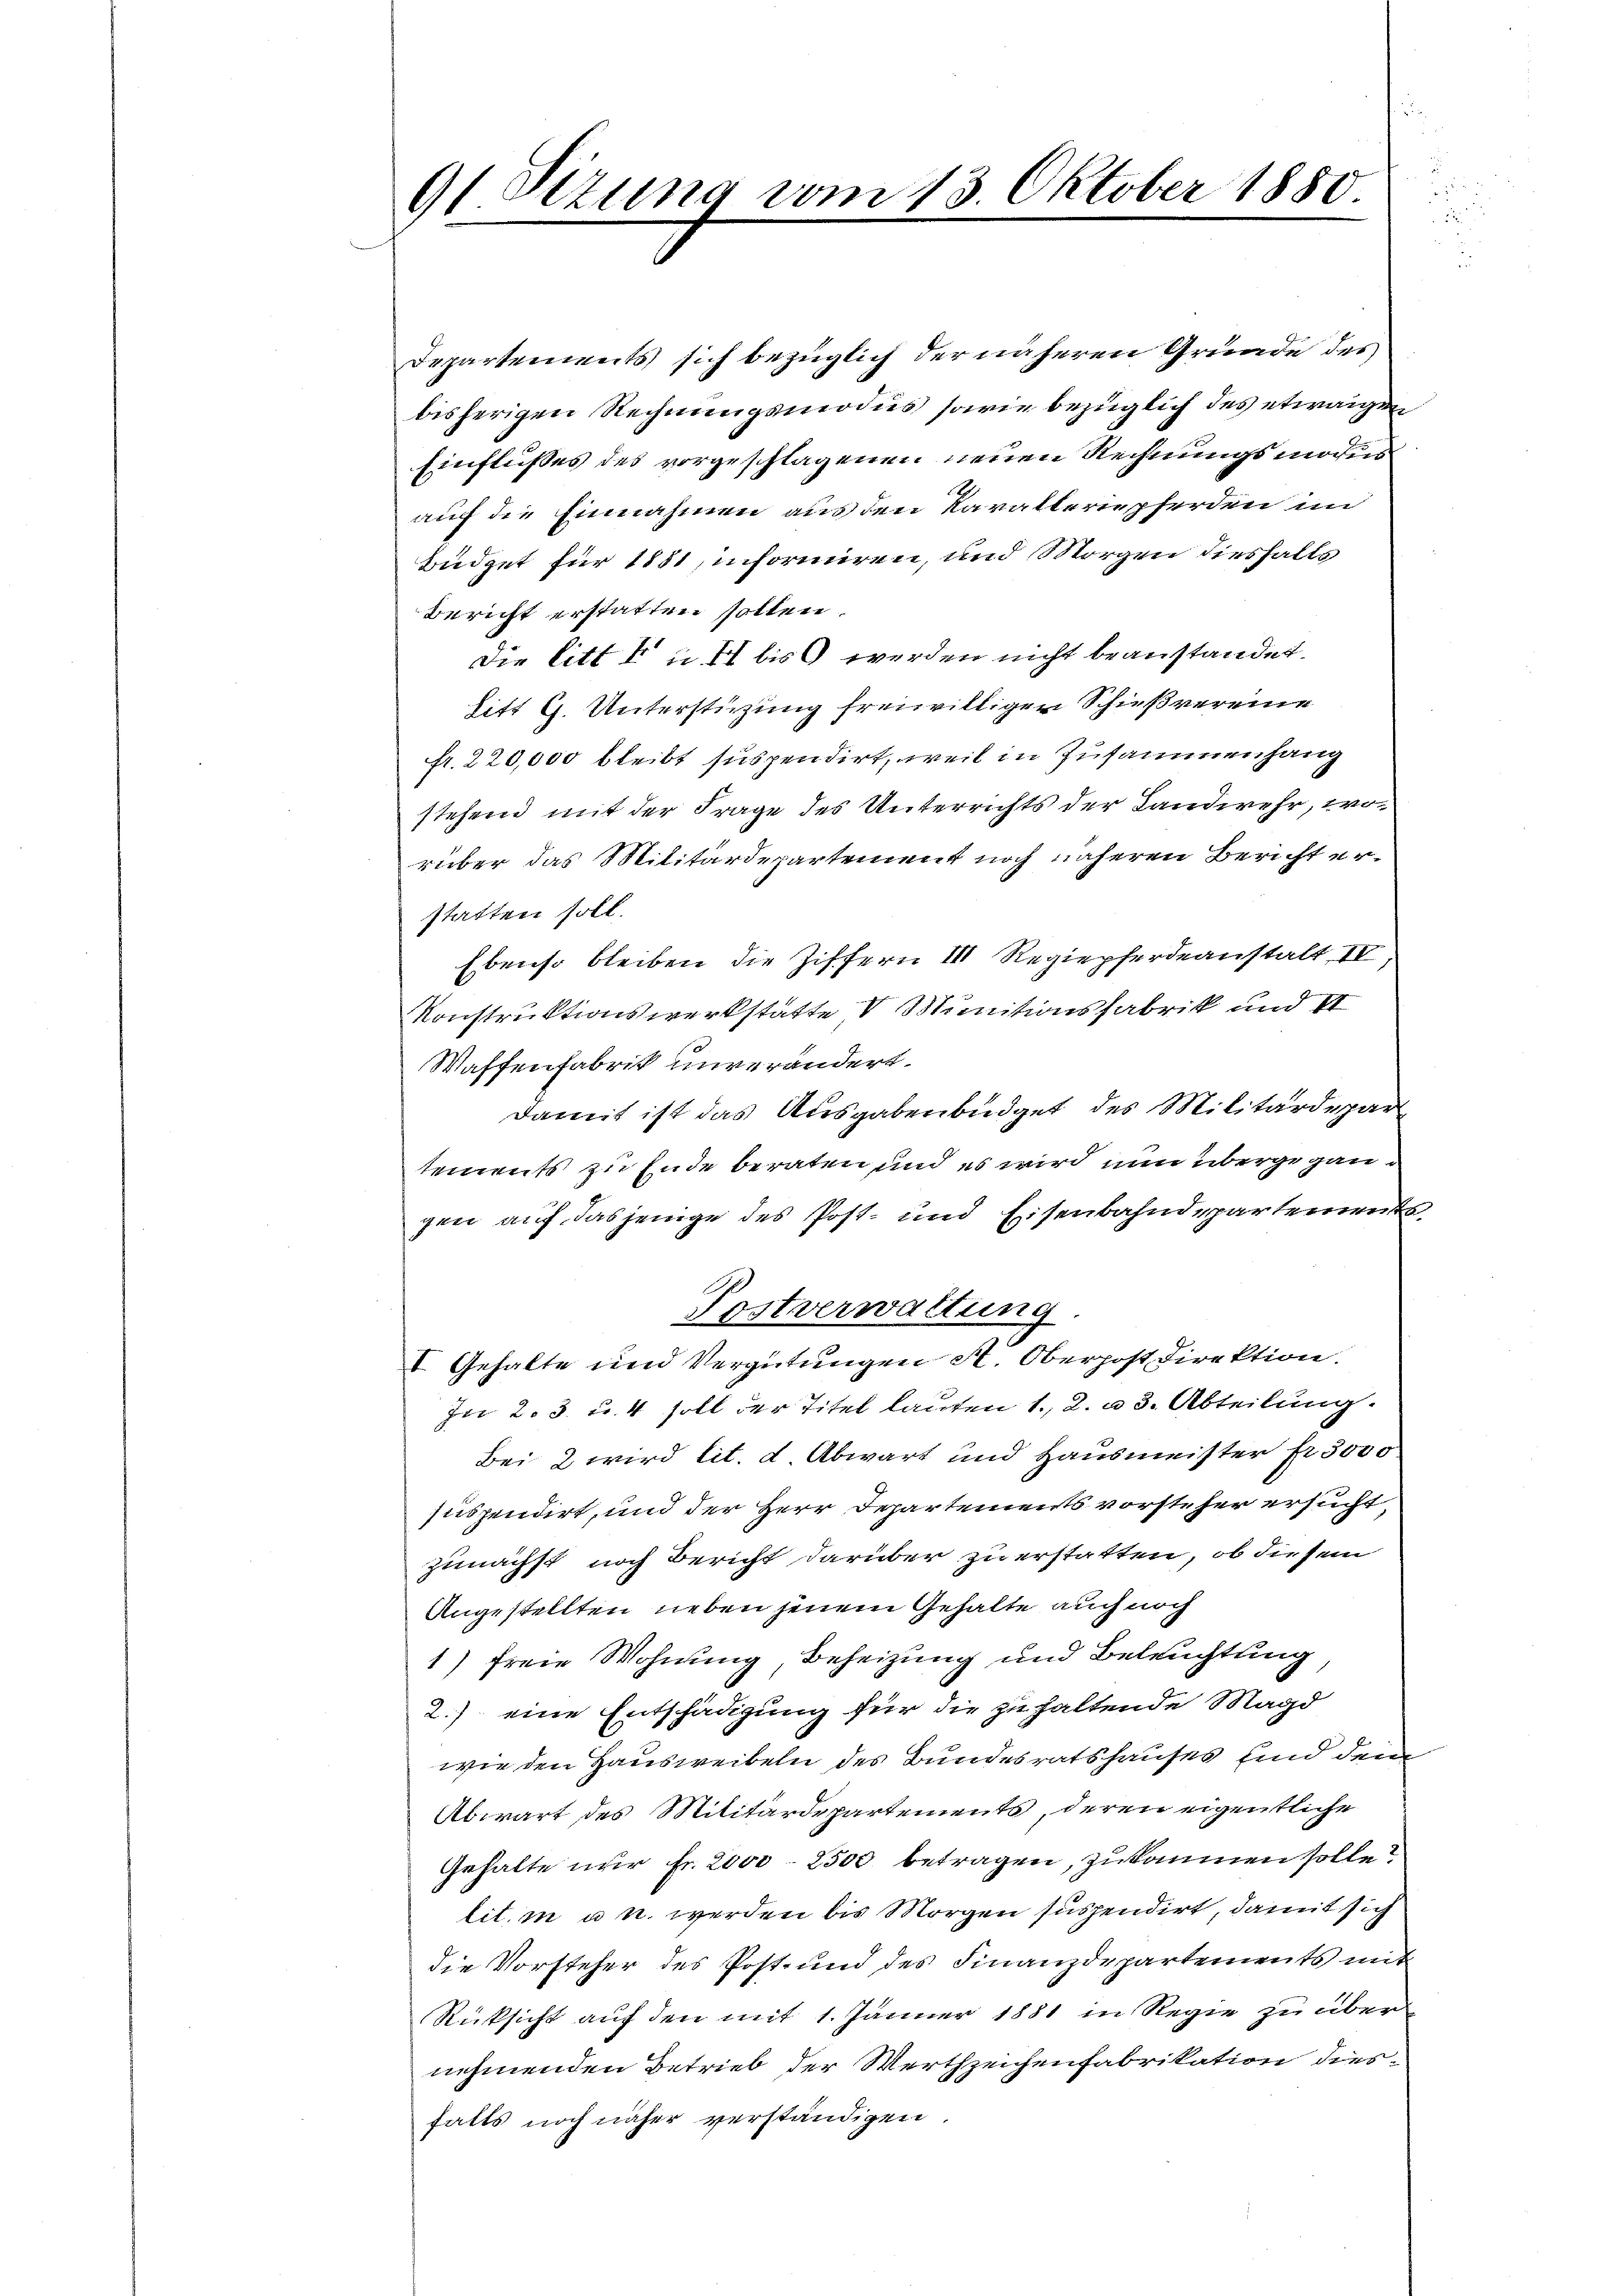
91 Sizung vom 13. Oktober 1850

Departements sich bezüglich der näheren Gründe des
bisherigen Rechnungsmodus sowie bezüglich des etwaigen
Einflußes des vorgeschlagenen neuen Rechnungsmodens
auf die Einnahmen aus den Karalleriepferden im
büdget für 1881, informiren, und Morgen diesfalls
Bericht erstatten sollen.
Die litt a u. 47 bis 9 werden nicht beanstandet.
litt G. Unterstüzung freiwilligen Schießvereine
fr. 220,000 bleibt suspendirt, weil in Zusammenhang
stehend mit der Frage des Unterrichts der Landwehr, worüber das Militärdepartement noch näheren Bericht erstatten soll.
Ebenso bleiben die Ziffern III Regiepferdeanstalt IV
Konstruktionswerkstatte V Munitionsfabrik und II
Waffenfabrik unverändert.
damit ist das Ausgabenbüdget des Militärdepar
tements zu Ende beraten und es wird nun übergegangen auf dasjenige des Post- und Eisenbahndepartements
Postverwaltung.
I Gehalte und Vergütungen A. Oberpost Direktion.
In 2. 3. u. 4 soll der Titel lauten 1. 2. u 3. Abteilung.
Bei 2 wird lit. d Abwart und Hausmeister fr. 5000
suspendirt, und der Herr Departements vorsteher ersucht,
zunächst noch Bericht darüber zu erstatten, ob diesem
Angestellten neben jenem Gehalte auch noch
1) freie Wohnung, Beheizung und Beleuchtung
2.) eine Entschädigung für die zuhaltende Magd
wie den Hausweibeln des Bundesratshauses und dem
Abwart des Militärdepartements, deren eigentliche
Gehalte nur Fr. 2000. 2500 betragen, zukommen solle?
lit. in u u. werden bis Morgen suspendirt, damit sich
die Vorsteher des Post- und des Finanzdepartements mit
Rücksicht auf den mit 1. Jänner 1881 in Regie zu übernehmenden Betrieb der Werthzeichenfabrikation diesfalls noch näher verständigen